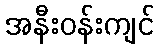
အနီးဝန်းကျင်